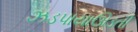
ઝડપાયાઊડતી